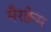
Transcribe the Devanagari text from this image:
मैरक्वेम